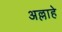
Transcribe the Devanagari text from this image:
अल्लाहे